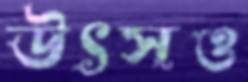
উৎসও